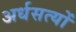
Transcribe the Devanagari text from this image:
अर्धसत्यों